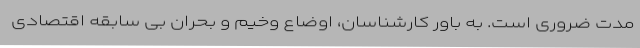
مدت ضروری است. به باور کارشناسان، اوضاع وخیم و بحران بی سابقه اقتصادی